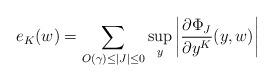
LaTeX: \begin{align*} e_K(w) = \sum_{O(\gamma) \leq |J| \leq 0}\sup_y \left|\frac{\partial \Phi_J}{\partial y^K}(y, w) \right|\end{align*}